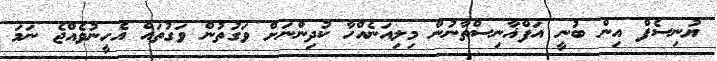
ޔުނިސެފް އިން ބުނީ އަފްޣާނިސްތާނުން މިލިއަނެއްހާ ކުދިންނަށް ވަގުތުން ވަގުތައް އެހީނުވެއްޖެ ނަމަ